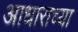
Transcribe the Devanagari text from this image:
आधाराच्या